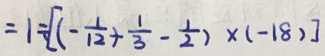
= 1 \div [ ( - \frac { 1 } { 1 2 } + \frac { 1 } { 3 } - \frac { 1 } { 2 } ) \times ( - 1 8 ) ]